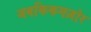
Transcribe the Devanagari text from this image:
जबकिकमज़ोर